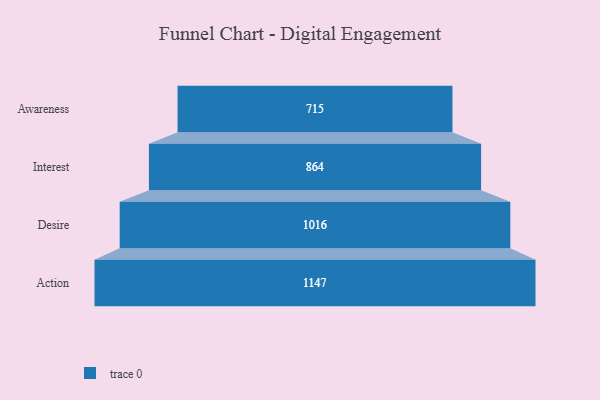
{"axis": {"x": "Stage", "y": "Value"}, "legend": [""], "data": [{"x": "Awareness", "y": 715.0, "type": ""}, {"x": "Interest", "y": 864.0, "type": ""}, {"x": "Desire", "y": 1016.0, "type": ""}, {"x": "Action", "y": 1147.0, "type": ""}]}